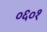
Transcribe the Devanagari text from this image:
०६०१